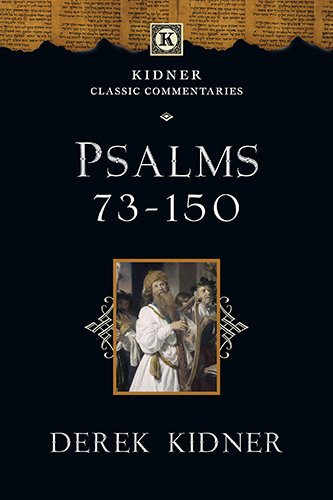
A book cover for Psalms 73-150 (Kidner Classic Commentaries); Derek Kidner; Christian Books & Bibles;